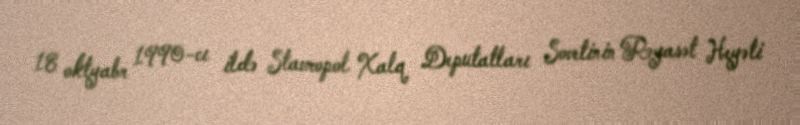
18 oktyabr 1990-cı ildə Stavropol Xalq Deputatları Sovetinin Rəyasət Heyəti